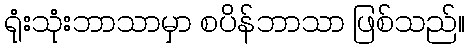
ရုံးသုံးဘာသာမှာ စပိန်ဘာသာ ဖြစ်သည်။